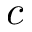
c